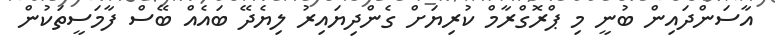
އާސަންދައިން ބުނީ މި ޕްރޮގްރާމް ކުރިޔަށް ގެންދިޔައިރު ލިޔެދޭ ބައެއް ބޭސް ފާމަސީތަކުން